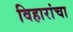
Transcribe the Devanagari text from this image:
विहारांचा